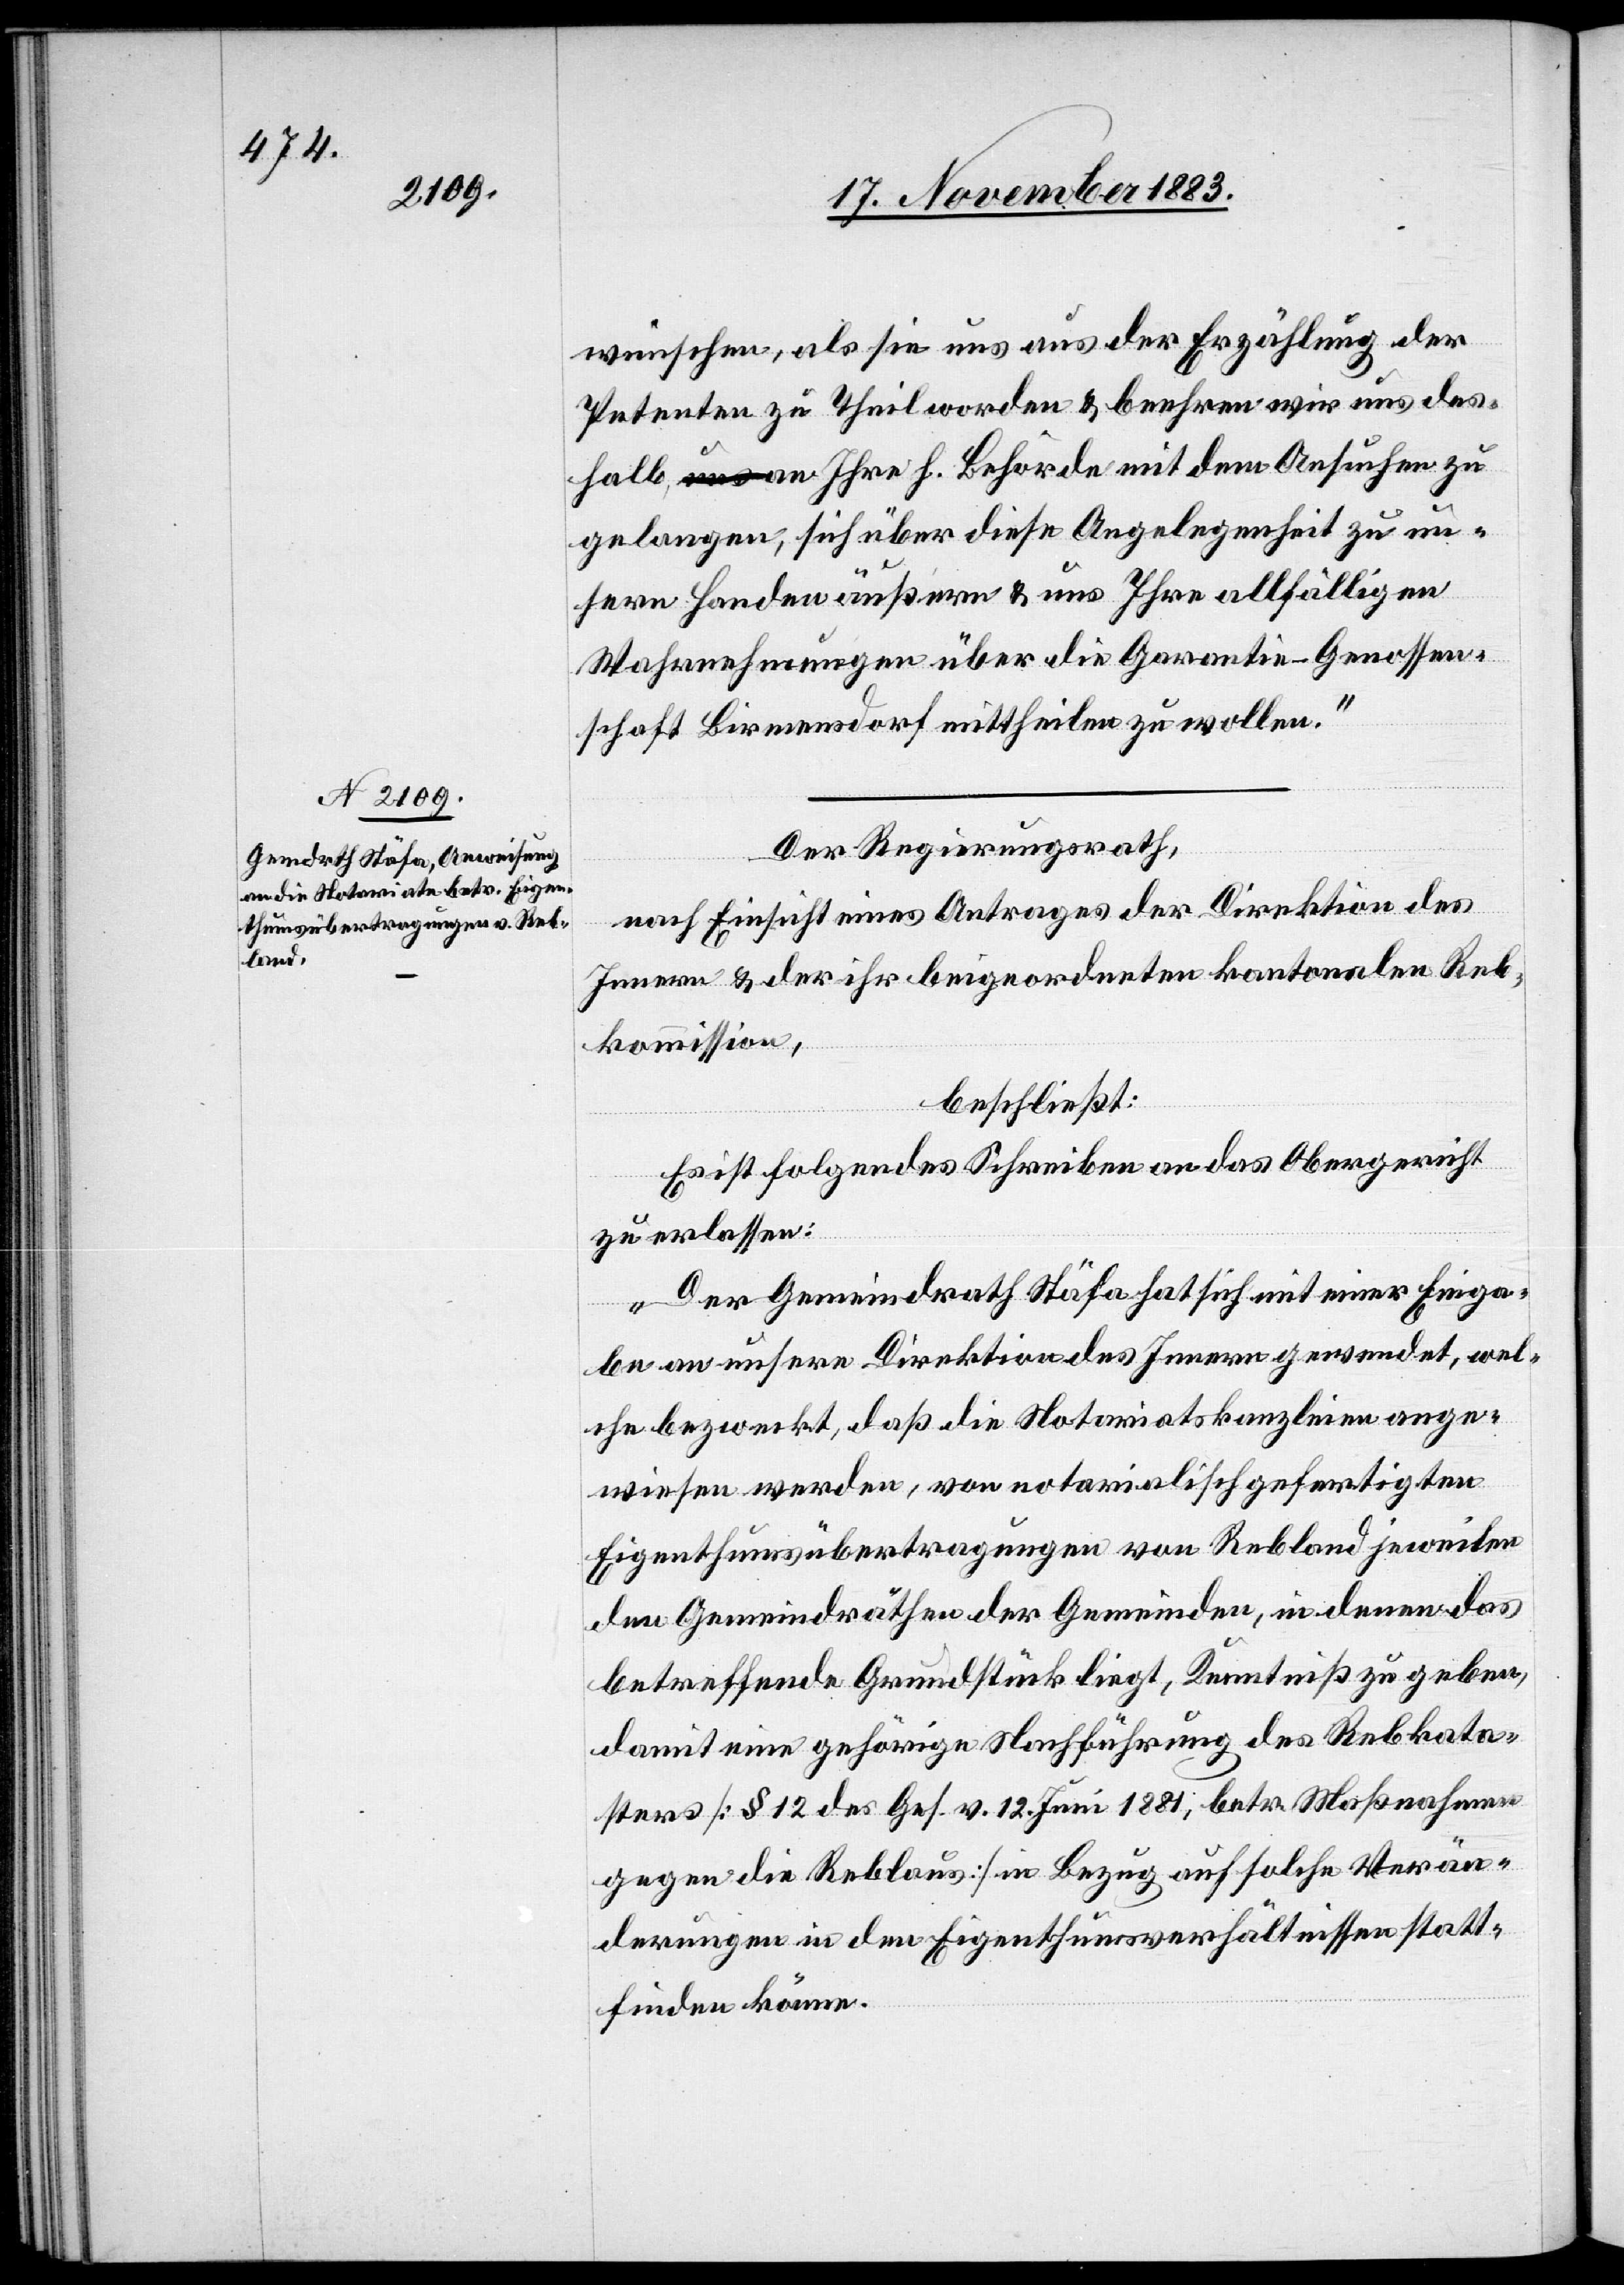
wünschen, als sie uns aus der Erzählung der
Petenten zu Theil worden & beehren wir uns des¬
halb, an Ihre h. Behörde mit dem Ansuchen zu
gelangen, sich über diese Angelegenheit zu un¬
sern Handen äußern & uns Ihre allfällig an
Wahrnehmungen über die Garantie-Genossen¬
schaft Birmensdorf mittheilen zu wollen.“
Der Regierungsrath,
nach Einsicht eines Antrages der Direktion des
Innern & der ihr beigeordneten kantonalen Reb¬
kommission,
beschließt:
Es ist folgendes Schreiben an das Obergericht
zu erlassen:
„Der Gemeindrath Stäfa hat sich mit einer Einga¬
be an unsere Direktion des Innern gewendet, wel¬
che bezweckt, daß die Notariatskanzleien ange¬
wiesen werden, von notarialisch gefertigten
Eigenthumsübertragungen von Rebland jeweilen
den Gemeindräthen der Gemeinden, in denen das
betreffende Grundstück liegt, Kenntniß zu geben,
damit eine gehörige Nachführung des Rebkata¬
sters [§ 12 des Ges. v. 12. Juni 1881, betr. Maßnahmen
gegen die Reblaus] in Bezug auf solche Verän¬
derungen in den Eigenthumsverhältnissen statt¬
finden könne.